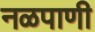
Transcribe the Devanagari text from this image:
नळपाणी